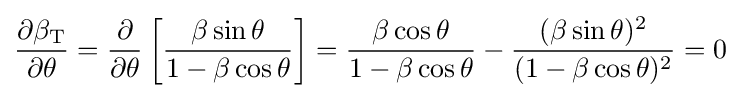
{\frac {\partial \beta _{\text{T}}}{\partial \theta }}={\frac {\partial }{\partial \theta }}\left[{\frac {\beta \sin \theta }{1-\beta \cos \theta }}\right]={\frac {\beta \cos \theta }{1-\beta \cos \theta }}-{\frac {(\beta \sin \theta )^{2}}{(1-\beta \cos \theta )^{2}}}=0